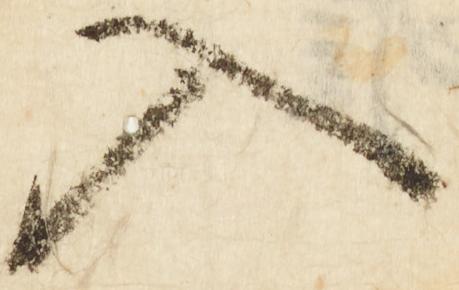
入